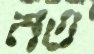
নত